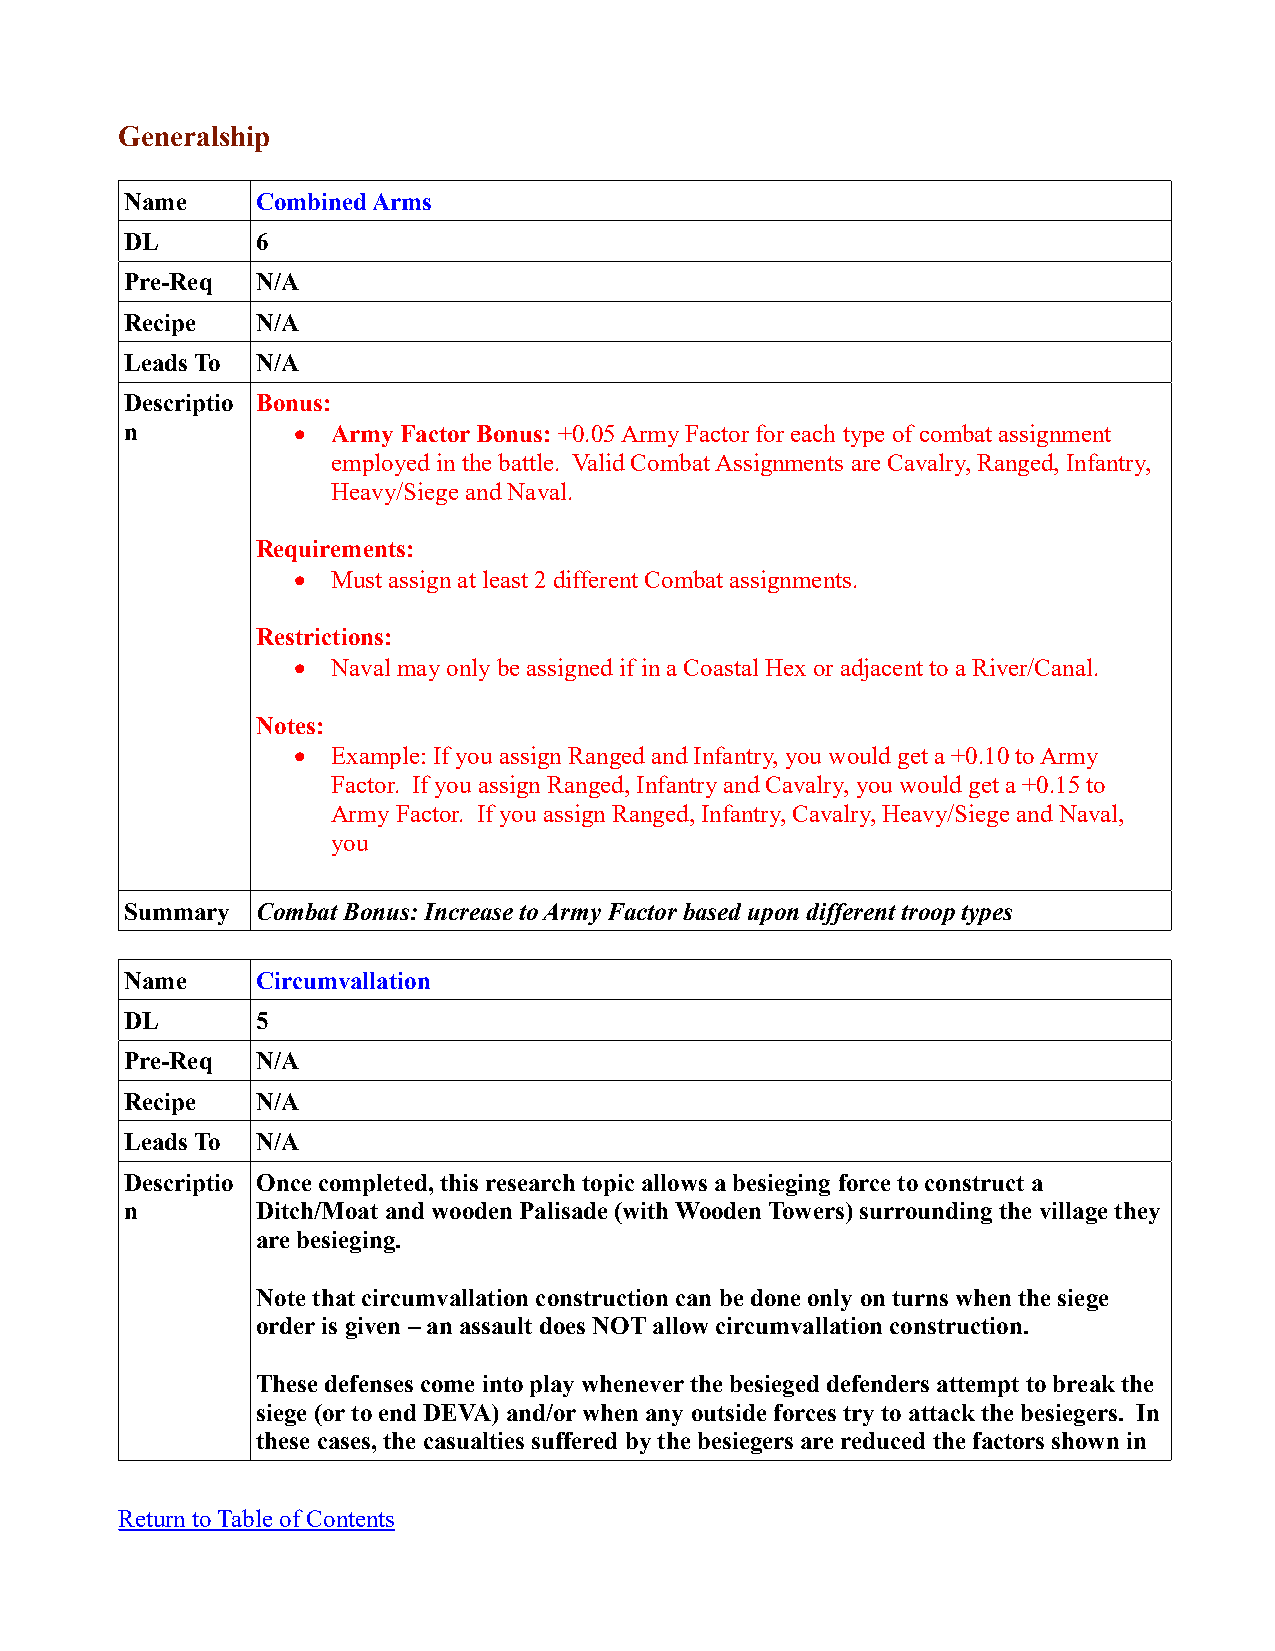
Generalship
 Name     Combined Arms
 DL       6
 Pre-Req  N/A
 Recipe   N/A
 Leads To N/A
 Descriptio Bonus:
 n            Army Factor Bonus: +0.05 Army Factor for each type of combat assignment
 employed in the battle. Valid Combat Assignments are Cavalry, Ranged, Infantry,
 Heavy/Siege and Naval.
 Requirements:
   Must assign at least 2 different Combat assignments.
 Restrictions:
   Naval may only be assigned if in a Coastal Hex or adjacent to a River/Canal.
 Notes:
   Example: If you assign Ranged and Infantry, you would get a +0.10 to Army
 Factor. If you assign Ranged, Infantry and Cavalry, you would get a +0.15 to
 Army Factor. If you assign Ranged, Infantry, Cavalry, Heavy/Siege and Naval,
 you
 Summary  Combat Bonus: Increase to Army Factor based upon different troop types
 Name     Circumvallation
 DL       5
 Pre-Req  N/A
 Recipe   N/A
 Leads To N/A
 Descriptio Once completed, this research topic allows a besieging force to construct a
 n        Ditch/Moat and wooden Palisade (with Wooden Towers) surrounding the village they
 are besieging.
 Note that circumvallation construction can be done only on turns when the siege
 order is given – an assault does NOT allow circumvallation construction.
 These defenses come into play whenever the besieged defenders attempt to break the
 siege (or to end DEVA) and/or when any outside forces try to attack the besiegers. In
 these cases, the casualties suffered by the besiegers are reduced the factors shown in
 Return to Table of Contents